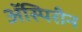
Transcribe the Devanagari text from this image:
ॲस्पिरीन